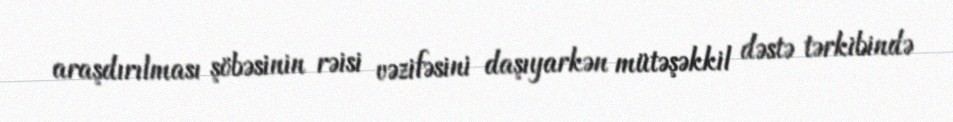
araşdırılması şöbəsinin rəisi vəzifəsini daşıyarkən mütəşəkkil dəstə tərkibində